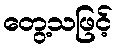
တွေ့သဖြင့်